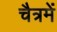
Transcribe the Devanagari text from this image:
चैत्रमें